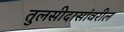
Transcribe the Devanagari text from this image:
तुलसीदासांवरील